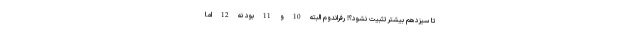
تا سیزدهم بیشتر تثبیت نشود؟! رفراندوم البته 10 و 11 بود نه 12 اما